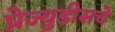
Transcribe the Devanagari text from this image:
प्रेज्युडीसचे